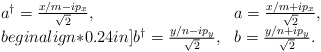
\begin{align*}\begin{array}{ll}a^\dagger=\frac{x/m - i p_x}{\sqrt{2}}, &a =\frac{x/m + i p_x}{\sqrt{2}}, \\begin{align*}0.24in]b^\dagger=\frac{y/n - i p_y}{\sqrt{2}}, &b=\frac{y/n + i p_y}{\sqrt{2}}.\end{array}\end{align*}